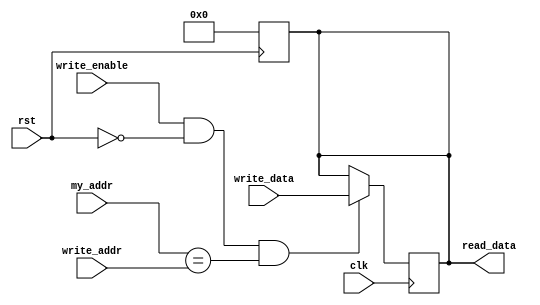
module Single_reg #(parameter Width=16)(write_enable,read_data, write_data,clk,rst,my_addr,write_addr);

input [2:0] my_addr,write_addr;
input clk,rst,write_enable;
input [Width-1:0] write_data;//as each reg is 16 bits 
output reg [Width-1:0]read_data;//as each reg is 16 bits

reg [Width-1:0]reg_internal;

assign read_data=reg_internal;

always @(posedge rst) begin
	//reg_internal <= 16'b0;
	reg_internal = 0;
end 

/*
always @(posedge clk) begin
		if(read_enable && rst == 0 && my_addr==read_addr) begin
			read_data=reg_internal;	
		end 	
		else begin
			read_data=16'bzzzzzzzzzzzzzzz ;
		end
end
*/

always @(negedge clk) begin
	if(write_enable && rst == 0 && my_addr==write_addr) begin
		reg_internal = write_data;				
	end	
end

endmodule